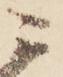
ニ